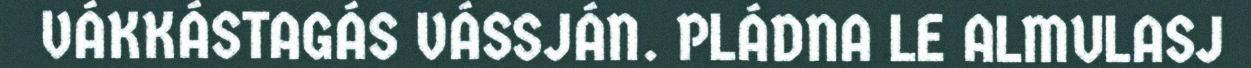
VÁKKÁSTAGÁS VÁSSJÁN. PLÁDNA LE ALMULASJ